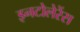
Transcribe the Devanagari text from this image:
इनटोलेरेंस